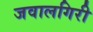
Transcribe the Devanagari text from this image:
जवालगिरी